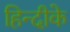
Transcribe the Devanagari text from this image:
हिन्दीके